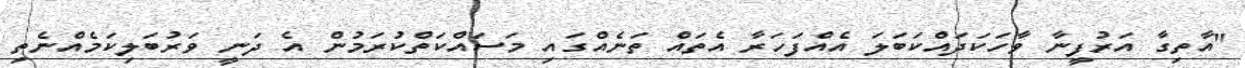
"އާތިގާ އަރުފީނާ ވާހަކަދައްކަބަލަ އެއްފަހަރާ އެތައް ތަނެއްގައި މަސައްކަތްކުރަމުން އެ ދަނީ ވަރުބަލިކަމެއްނެތި